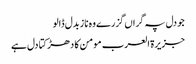
جو دل پہ گراں گزرے وہ ناز بدل ڈالو
جزیرۃ العرب مومن کا دھڑکتا دل ہے